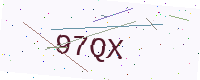
Text: 97QX